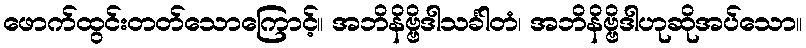
ဖောက်ထွင်းတတ်သောကြောင့်။ အဘိနိဗ္ဗိဒါသင်္ခါတံ၊ အဘိနိဗ္ဗိဒါဟုဆိုအပ်သော။